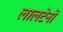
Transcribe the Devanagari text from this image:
लालटेनों